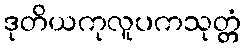
ဒုတိယကုလူပကသုတ္တံ